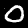
Label: 0